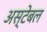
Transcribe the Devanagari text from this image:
अस्टेबल